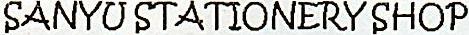
SANYU STATIONERY SHOP